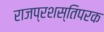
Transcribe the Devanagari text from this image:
राजप्रशस्तिपरक